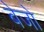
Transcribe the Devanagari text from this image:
बेजो